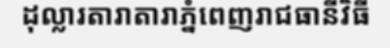
ដុល្លារតារាតារាភ្នំពេញរាជធានីវិធី